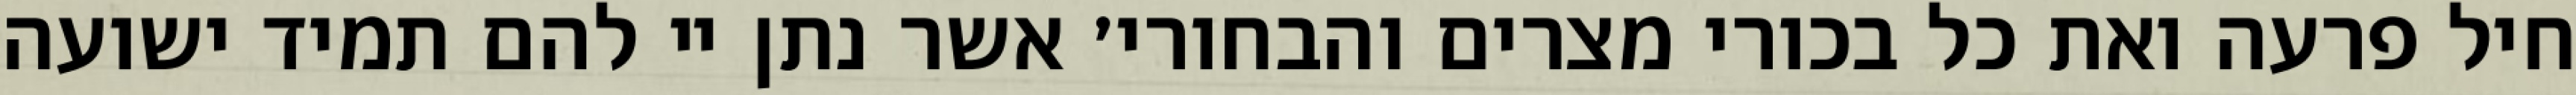
חיל פרעה ואת כל בכורי מצרים והבחורי׳ אשר נתן יי להם תמיד ישועה